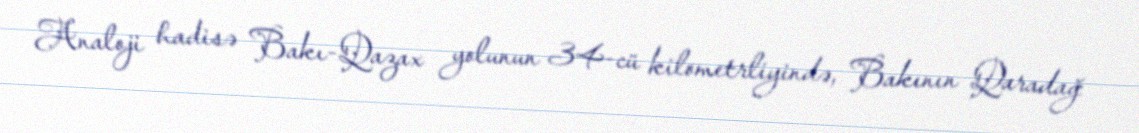
Analoji hadisə Bakı-Qazax yolunun 34-cü kilometrliyində, Bakının Qaradağ